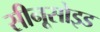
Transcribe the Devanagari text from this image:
सीनूसोइड